Annual administration report of the Civil Veterinary Department of India - 1910-1911
Year: 1910
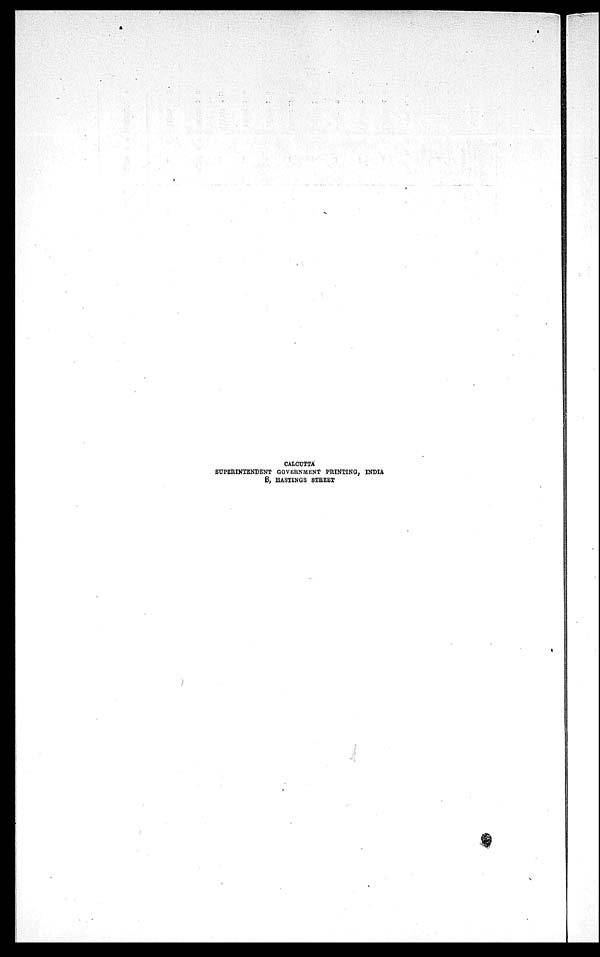
CALCUTTA
SUPERINTENDENT GOVERNMENT PRINTING, INDIA
8, HASTINGS STREET